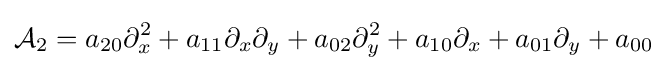
{\mathcal {A}}_{2}=a_{20}\partial _{x}^{2}+a_{11}\partial _{x}\partial _{y}+a_{02}\partial _{y}^{2}+a_{10}\partial _{x}+a_{01}\partial _{y}+a_{00}